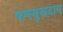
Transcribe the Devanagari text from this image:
षणमुखदास